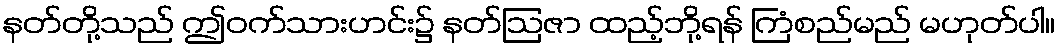
နတ်တို့သည် ဤဝက်သားဟင်း၌ နတ်ဩဇာ ထည့်ဘို့ရန် ကြံစည်မည် မဟုတ်ပါ။